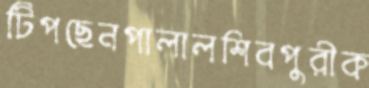
টিপছেনপালালশিবপুরীক